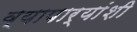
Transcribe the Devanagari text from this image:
व्यापार्‍यांशी